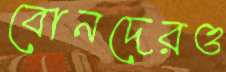
বোনদেরও